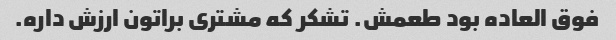
فوق العاده بود طعمش. تشکر که مشتری براتون ارزش داره.